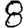
Digit: 8